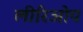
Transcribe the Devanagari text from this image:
लीरिओप